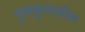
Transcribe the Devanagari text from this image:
गुरूकुलातील